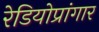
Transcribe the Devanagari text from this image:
रेडियोप्रांगार